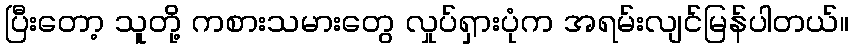
ပြီးတော့ သူတို့ ကစားသမားတွေ လှုပ်ရှားပုံက အရမ်းလျင်မြန်ပါတယ်။